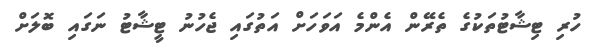
ހުރި ޓިޝާޓުތަކުގެ ތެރޭން އެންމެ އަވަހަށް އަތުގައި ޖެހުނު ޓީޝާޓު ނަގައި ބޮލަށް